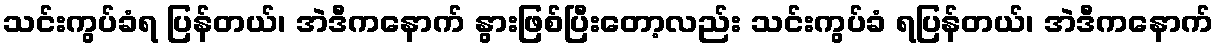
သင်းကွပ်ခံရ ပြန်တယ်၊ အဲဒီကနောက် နွားဖြစ်ပြီးတော့လည်း သင်းကွပ်ခံ ရပြန်တယ်၊ အဲဒီကနောက်